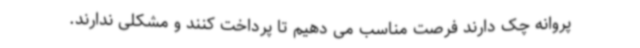
پروانه چک دارند فرصت مناسب می دهیم تا پرداخت کنند و مشکلی ندارند.